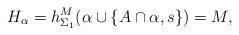
LaTeX: \begin{align*}H_\alpha = h^M_{\Sigma_1}(\alpha\cup\{ A\cap\alpha, s\}) = M,\end{align*}